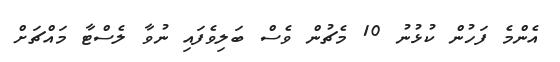
އެންމެ ފަހުން ކުޅުނު 10 މެޗުން ވެސް ބަލިވެފައި ނުވާ ލެސްޓާ މައްޗަށް